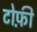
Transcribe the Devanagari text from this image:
टोफ़ी